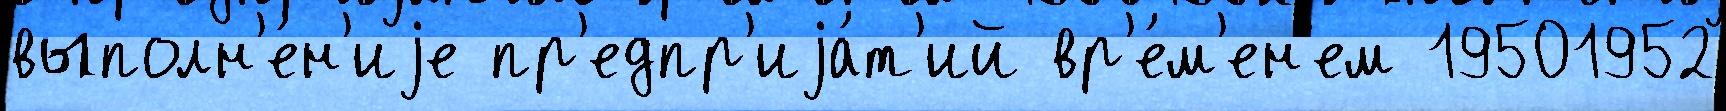
выполн'е́н'иjе пр'едпр'иjа́т'ий вр'е́м'ен'ем 19501952